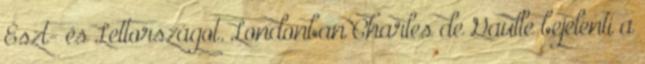
Észt- és Lettországot. Londonban Charles de Gaulle bejelenti a